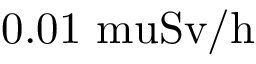
0 . 0 1 \mathrm { { \ m u } S v / h }